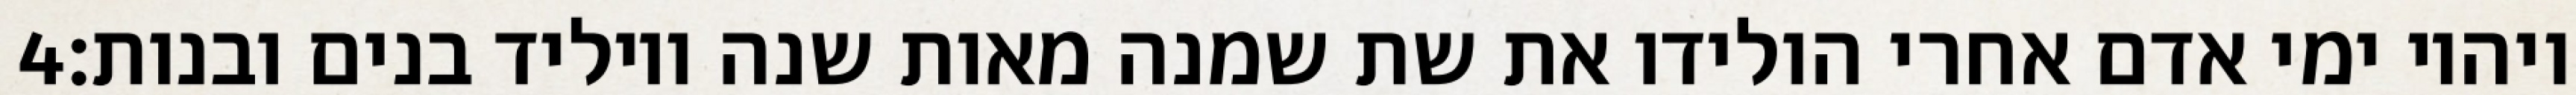
‎4‏ ויהיו ימי אדם אחרי הולידו את שת שמנה מאות שנה ויוליד בנים ובנות׃